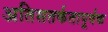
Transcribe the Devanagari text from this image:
अतिसतर्कतापूर्वक